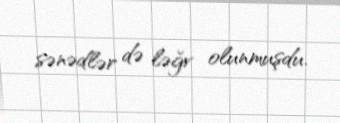
sənədlər də ləğv olunmuşdu.